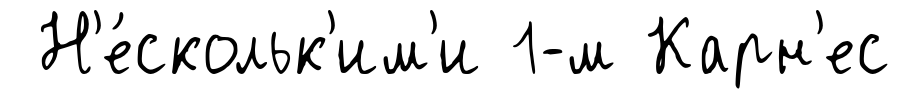
Н'е́скольк'им'и 1-м Карн'ес